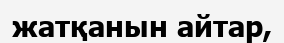
жатқанын айтар,